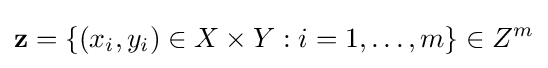
\mathbf {z} =\left\{(x_{i},y_{i})\in X\times Y:i=1,\dots ,m\right\}\in Z^{m}